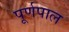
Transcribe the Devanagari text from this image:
पूर्णपाल